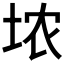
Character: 𪣑